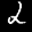
Label: 2